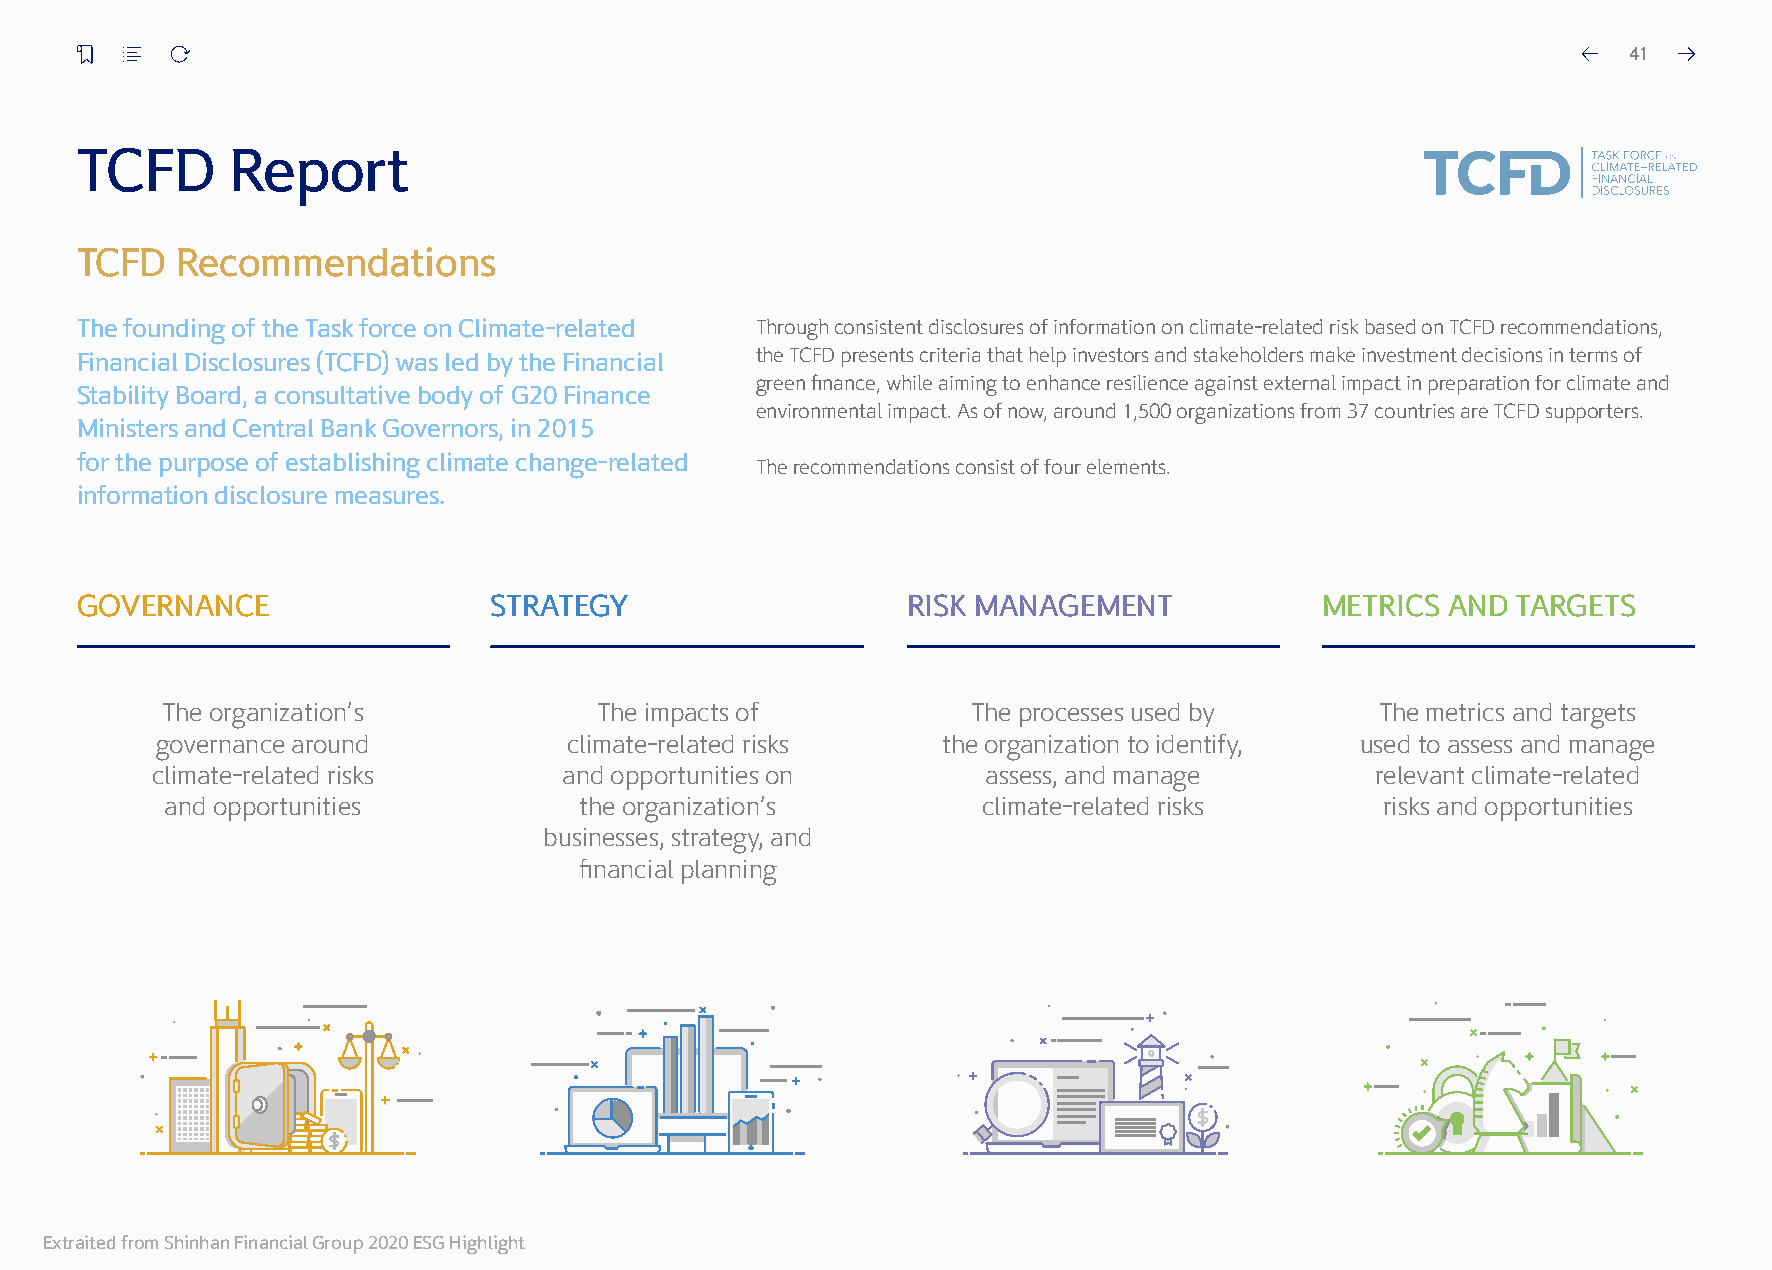
41
 TCFD      Report
 TCFD   Recommendations
 The founding of the Task force on Climate-related Through consistent disclosures of information on climate-related risk based on TCFD recommendations,
 Financial Disclosures (TCFD) was led by the Financial the TCFD presents criteria that help investors and stakeholders make investment decisions in terms of
 green finance, while aiming to enhance resilience against external impact in preparation for climate and
 Stability Board, a consultative body of G20 Finance
 environmental impact. As of now, around 1,500 organizations from 37 countries are TCFD supporters.
 Ministers and Central Bank Governors, in 2015
 for the purpose of establishing climate change-related
 The recommendations consist of four elements.
 information disclosure measures.
 GOVERNANCE                 STRATEGY                    RISK MANAGEMENT            METRICS  AND TARGETS
 The organization’s          The impacts of           The processes used by      The metrics and targets
 governance around           climate-related risks   the organization to identify, used to assess and manage
 climate-related risks      and opportunities on        assess, and manage        relevant climate-related
 and opportunities          the organization’s         climate-related risks      risks and opportunities
 businesses, strategy, and
 financial planning
 Extraited from Shinhan Financial Group 2020 ESG Highlight